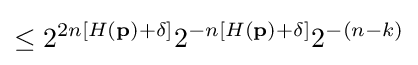
\leq 2^{2n\left[H\left(\mathbf {p} \right)+\delta \right]}2^{-n\left[H\left(\mathbf {p} \right)+\delta \right]}2^{-\left(n-k\right)}